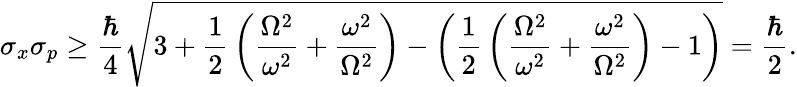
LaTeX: \sigma_{x}\sigma_{p}\geq{\frac{\hbar}{4}}{\sqrt{3+{\frac{1}{2}}\left({\frac{\Omega^{2}}{\omega^{2}}}+{\frac{\omega^{2}}{\Omega^{2}}}\right)-\left({\frac{1}{2}}\left({\frac{\Omega^{2}}{\omega^{2}}}+{\frac{\omega^{2}}{\Omega^{2}}}\right)-1\right)}}={\frac{\hbar}{2}}.